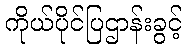
ကိုယ်ပိုင်ပြဌာန်းခွင့်